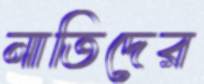
নাতিদের